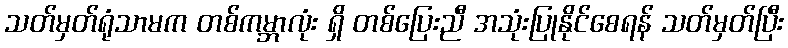
သတ်မှတ်ရုံသာမက တစ်ကမ္ဘာလုံး ရှိ တစ်ပြေးညီ အသုံးပြုနိုင်စေရန် သတ်မှတ်ပြီး